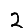
Digit: 2